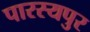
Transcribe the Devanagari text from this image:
पारस्यपुर